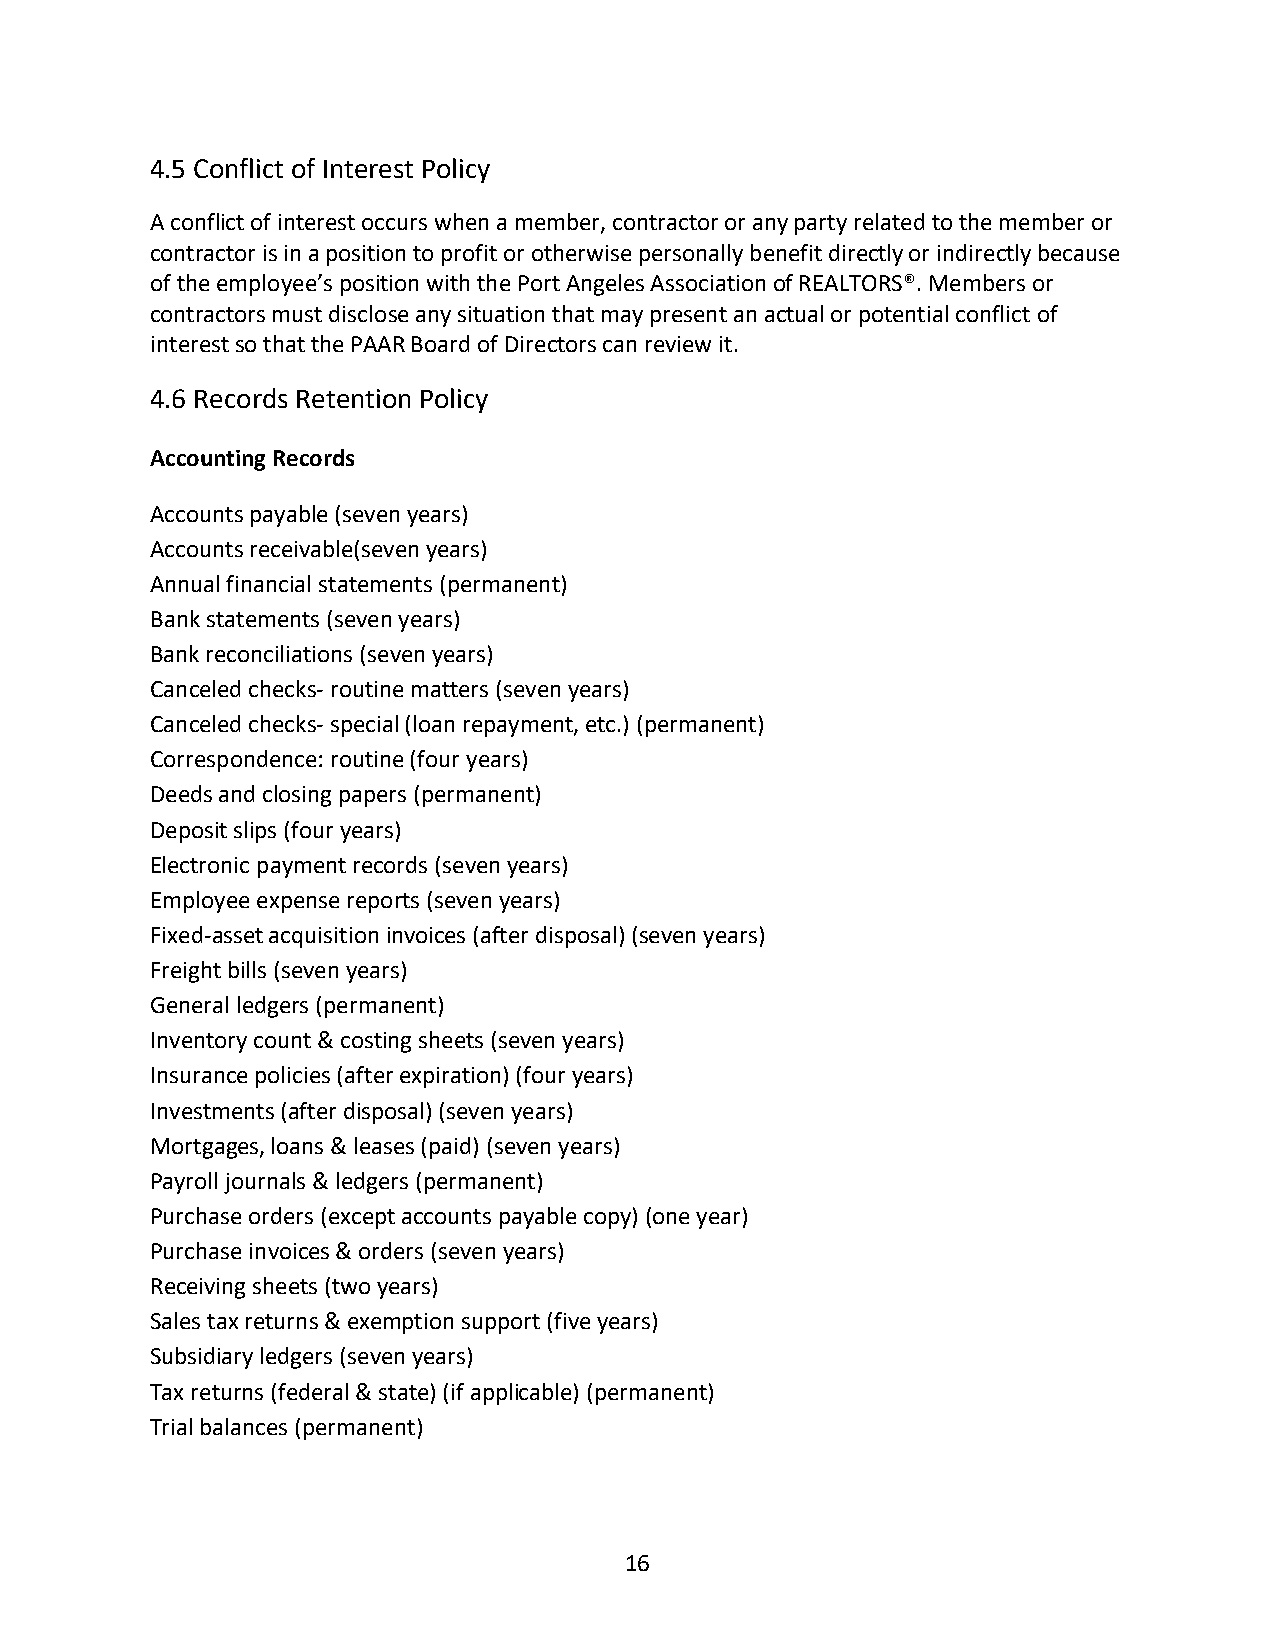
4.5 Conflict of Interest Policy
 A conflict of interest occurs when a member, contractor or any party related to the member or
 contractor is in a position to profit or otherwise personally benefit directly or indirectly because
 of the employee’s position with the Port Angeles Association of REALTORS®. Members or
 contractors must disclose any situation that may present an actual or potential conflict of
 interest so that the PAAR Board of Directors can review it.
 4.6 Records Retention Policy
 Accounting Records
 Accounts payable (seven years)
 Accounts receivable(seven years)
 Annual financial statements (permanent)
 Bank statements (seven years)
 Bank reconciliations (seven years)
 Canceled checks- routine matters (seven years)
 Canceled checks- special (loan repayment, etc.) (permanent)
 Correspondence: routine (four years)
 Deeds and closing papers (permanent)
 Deposit slips (four years)
 Electronic payment records (seven years)
 Employee expense reports (seven years)
 Fixed-asset acquisition invoices (after disposal) (seven years)
 Freight bills (seven years)
 General ledgers (permanent)
 Inventory count & costing sheets (seven years)
 Insurance policies (after expiration) (four years)
 Investments (after disposal) (seven years)
 Mortgages, loans & leases (paid) (seven years)
 Payroll journals & ledgers (permanent)
 Purchase orders (except accounts payable copy) (one year)
 Purchase invoices & orders (seven years)
 Receiving sheets (two years)
 Sales tax returns & exemption support (five years)
 Subsidiary ledgers (seven years)
 Tax returns (federal & state) (if applicable) (permanent)
 Trial balances (permanent)
 16